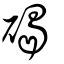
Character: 碣